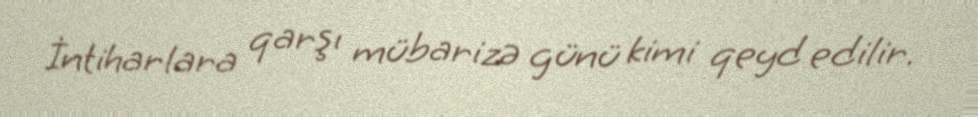
İntiharlara qarşı mübarizə günü kimi qeyd edilir.